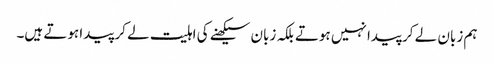
ہم زبان لے کر پیدا نہیں ہوتے بلکہ زبان سیکھنے کی اہلیت لے کر پیدا ہوتے ہیں۔